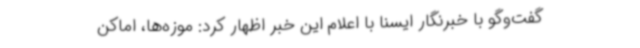
گفت‌وگو با خبرنگار ایسنا با اعلام این خبر اظهار کرد: موزه‌ها، اماکن